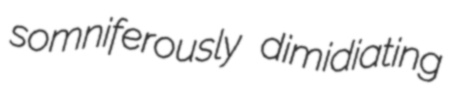
somniferously dimidiating